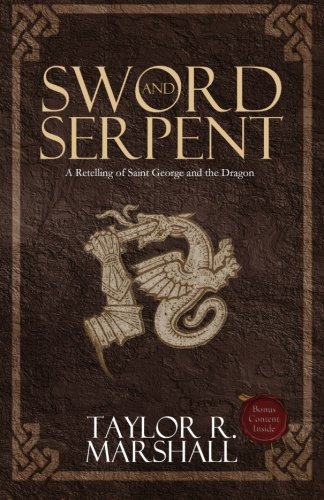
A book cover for Sword and Serpent; Taylor Marshall; Teen & Young Adult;